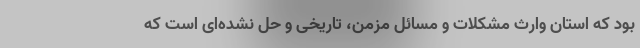
بود که استان وارث مشکلات و مسائل مزمن، تاریخی و حل نشده‌ای است که